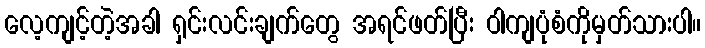
လေ့ကျင့်တဲ့အခါ ရှင်းလင်းချက်တွေ အရင်ဖတ်ပြီး ဝါကျပုံစံကိုမှတ်သားပါ။